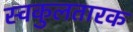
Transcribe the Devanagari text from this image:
स्वकुलतारक